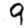
Digit: 9